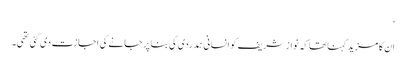
‘
ان کا مزید کہنا تھا کہ نواز شریف کو انسانی ہمدردی کی بنا پر جانے کی اجازت دی گئی تھی۔